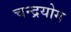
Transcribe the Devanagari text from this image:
चन्द्रयोग